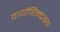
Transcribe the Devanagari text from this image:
वायोरिन्द्रस्य